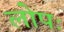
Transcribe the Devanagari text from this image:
लोपः